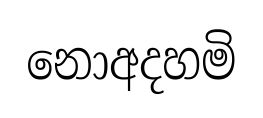
නොඅදහමි